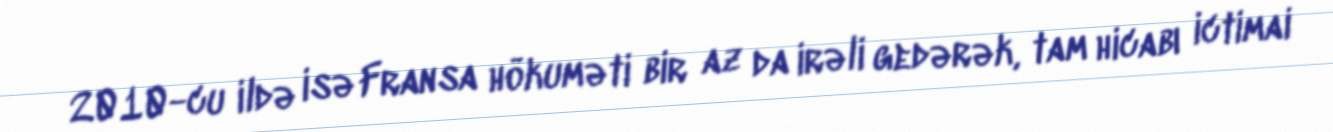
2010-cu ildə isə Fransa hökuməti bir az da irəli gedərək, tam hicabı ictimai